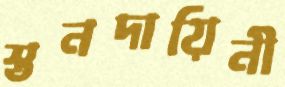
স্তনদায়িনী